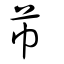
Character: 芇